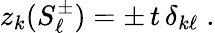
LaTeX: z_{k}(S_{\ell}^{\pm})=\pm\, t\, \delta_{k\ell}\; .